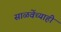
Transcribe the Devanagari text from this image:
साळवेंच्याही